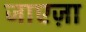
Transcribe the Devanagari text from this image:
जाएज़ा